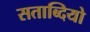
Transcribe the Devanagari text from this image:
सताब्दियो